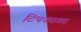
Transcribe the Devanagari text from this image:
टिपकागद